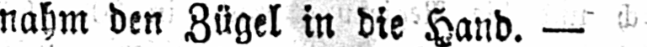
nahm den Zügel in die Hand.-